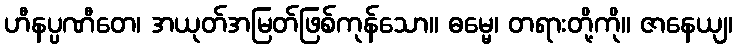
ဟီနပ္ပဏီတေ၊ အယုတ်အမြတ်ဖြစ်ကုန်သော။ ဓမ္မေ၊ တရားတို့ကို။ ဇာနေယျ၊